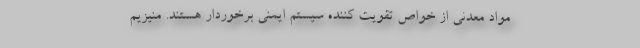
مواد معدنی از خواص تقویت کننده سیستم ایمنی برخوردار هستند. منیزیم